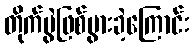
တိုက်ပွဲဖြစ်ပွားခဲ့ကြောင်း